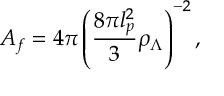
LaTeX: A _ { f } = 4 \pi \left( \frac { 8 \pi l _ { p } ^ { 2 } } { 3 } \rho _ { \Lambda } \right) ^ { - 2 } ,